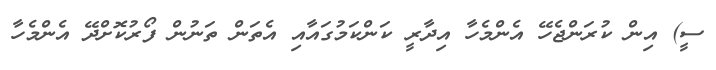
ސީ) އިން ކުރަންޖެހޭ އެންމެހާ އިދާރީ ކަންކަމުގައާއި އެތަން ތަނުން ފޯރުކޮށްދޭ އެންމެހާ